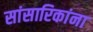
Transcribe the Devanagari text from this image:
सांसारिकांना